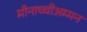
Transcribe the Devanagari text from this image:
मीनाच्चीअम्मन